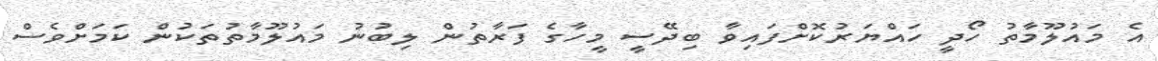
އެ މައުލޫމާތު ހޯދީ ހައްޔަރުކޮށްފައިވާ ބިދޭސީ މީހާގެ ފަރާތުން ލިބުނު މައުލޫމާތުތަކުން ކަމަށްވެސް